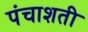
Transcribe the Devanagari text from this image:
पंचाशती